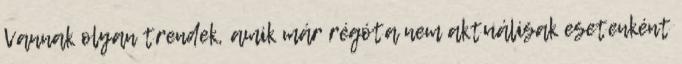
Vannak olyan trendek, amik már régóta nem aktuálisak esetenként